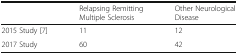
<table><thead><tr><td></td><td><b>Relapsing Remitting Multiple Sclerosis</b></td><td><b>Other Neurological Disease</b></td></tr></thead><tbody><tr><td>2015 Study [7]</td><td>11</td><td>12</td></tr><tr><td>2017 Study</td><td>60</td><td>42</td></tr></tbody></table>